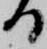
る